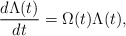
\begin{align*}\frac{d\Lambda (t)}{dt}=\Omega (t)\Lambda (t), \end{align*}